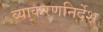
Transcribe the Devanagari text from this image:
व्याकरणनिर्देश